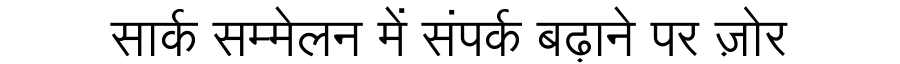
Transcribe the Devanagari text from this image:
सार्क सम्मेलन में संपर्क बढ़ाने पर ज़ोर